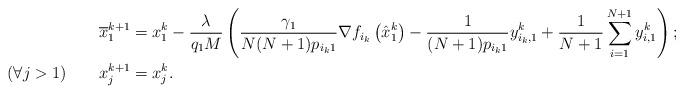
LaTeX: \begin{align*}&\overline{x}_1^{k+1} = x_1^k - \frac{\lambda}{q_1M}\left(\frac{\gamma_1}{N(N+1) p_{i_k1}}\nabla f_{i_k}\left(\hat{x}_1^k\right) - \frac{1}{(N+1) p_{i_k1}} y_{i_k, 1}^k + \frac{1}{N+1} \sum_{i=1}^{N+1} y_{i, 1}^k \right); \\\left( \forall j > 1\right) \qquad&x_j^{k+1} = x_j^k.\end{align*}